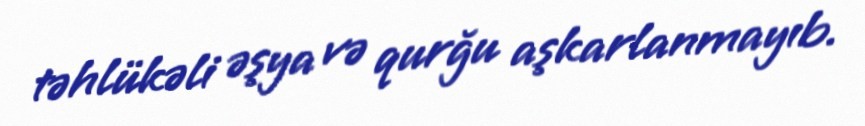
təhlükəli əşya və qurğu aşkarlanmayıb.